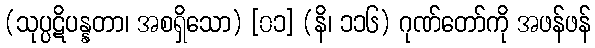
(သုပ္ပဋိပန္နတာ၊ အစရှိသော) [၀၁] (နိ၊ ၁၁၆) ဂုဏ်တော်ကို အဖန်ဖန်